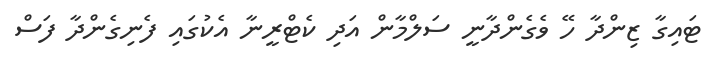
ޓައިގާ ޒިންދާ ހޭ ވެގެންދާނީ ސަލްމާން އަދި ކެޓްރީނާ އެކުގައި ފެނިގެންދާ ފަސް